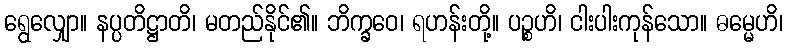
ရွေလျှော။ နပ္ပတိဋ္ဌာတိ၊ မတည်နိုင်၏။ ဘိက္ခဝေ၊ ရဟန်းတို့။ ပဉ္စဟိ၊ ငါးပါးကုန်သော။ ဓမ္မေဟိ၊